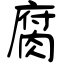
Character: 腐